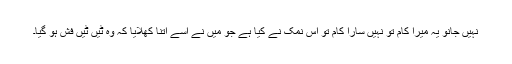
نہیں جانو یہ میرا کام تو نہیں سارا کام تو اس نمک نے کیا ہے جو میں نے اسے اتنا کھلایا کہ وہ ٹیں ٹیں فش ہو گیا۔